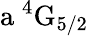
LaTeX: \mathrm{a\ ^{4}G_{5/2}}